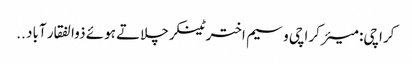
کراچی: میئر کراچی وسیم اختر ٹینکر چلاتے ہوئے ذوالفقار آباد ..